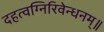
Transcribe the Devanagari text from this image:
दहत्वग्निरिवेन्धनम्॥